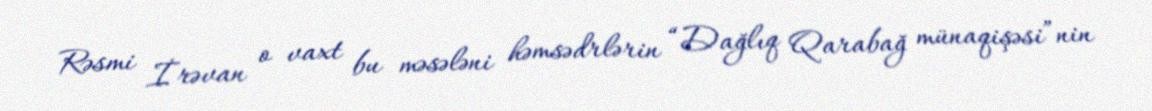
Rəsmi İrəvan o vaxt bu məsələni həmsədrlərin “Dağlıq Qarabağ münaqişəsi”nin